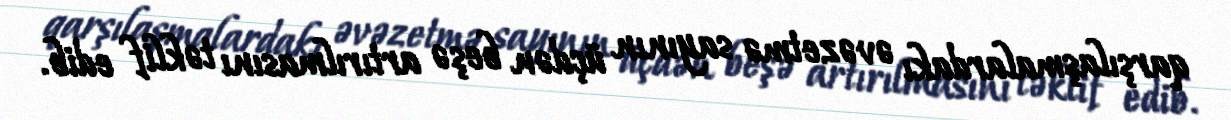
qarşılaşmalardakı əvəzetmə sayının üçdən beşə artırılmasını təklif edib.